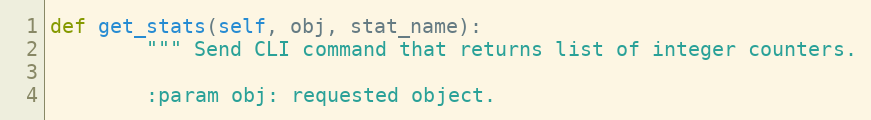
Language: Python
def get_stats(self, obj, stat_name):
        """ Send CLI command that returns list of integer counters.

        :param obj: requested object.